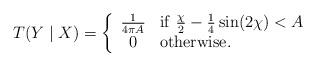
LaTeX: \begin{align*}T(Y\mid X)=\left\{\begin{array}{cl}\frac{1}{4\pi A} & {\rm if}~\frac{\chi}{2}-\frac{1}{4}\sin(2\chi)<A \\0 & {\rm otherwise.}\end{array}\right.\end{align*}